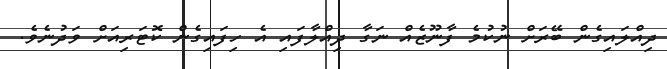
ދިއްލައިގެން ބޭރަށް ނުކުމެ ފާނޫޒެއް ނަގާ ދިއްލާފައި އެ ހިފައިގެން ކޮޓަރިއަށް ވަދުނެވެ.